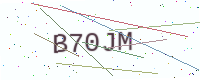
Text: B70JM